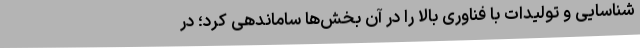
شناسایی و تولیدات با فناوری بالا را در آن بخش‌ها ساماندهی کرد؛ در